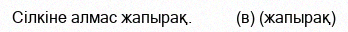
Сілкіне алмас жапырақ.           (в) (жапырақ)